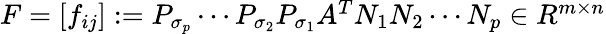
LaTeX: \begin{array}{r}{F=[f_{ij}]:=P_{\sigma_{p}}\cdots P_{\sigma_{2}}P_{\sigma_{1}}A^{T}N_{1}N_{2}\cdots N_{p}\in R{^{m\times n}}}\end{array}